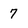
Character: 7